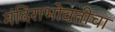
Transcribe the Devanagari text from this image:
मंदिराभोवतीचा